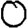
Digit: 0